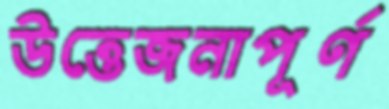
উত্তেজনাপূর্ণ